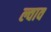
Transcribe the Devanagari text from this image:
ल्वाव